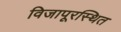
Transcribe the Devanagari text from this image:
विजापूरस्थित